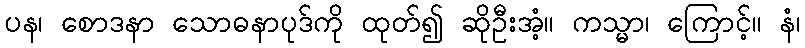
ပန၊ စောဒနာ သောဓနာပုဒ်ကို ထုတ်၍ ဆိုဦးအံ့။ ကသ္မာ၊ ကြောင့်။ နံ၊